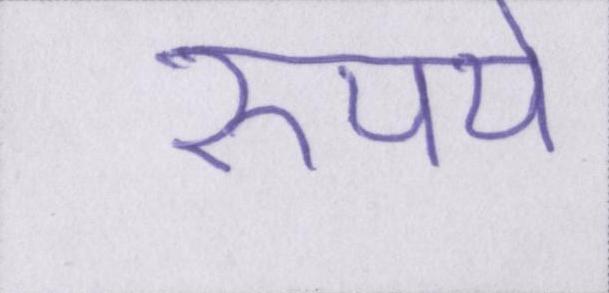
रुपये